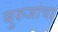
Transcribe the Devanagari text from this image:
बुरुजांचा